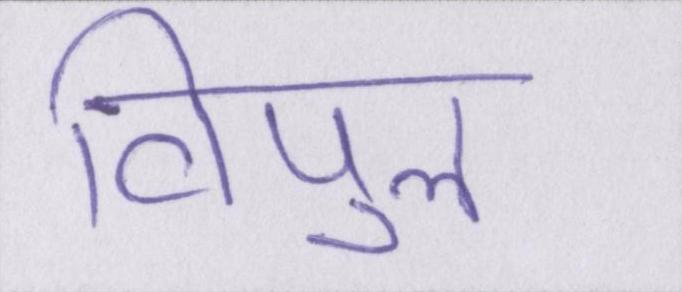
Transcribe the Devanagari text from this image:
विपुल